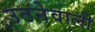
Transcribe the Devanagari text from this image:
उठनेवाली